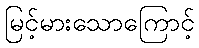
မြင့်မားသောကြောင့်